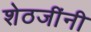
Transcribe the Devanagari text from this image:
शेठजींनी